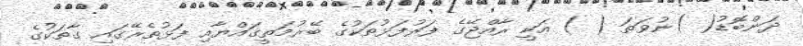
ދަންބޮޑު( )ނުވަތަ ( ) އަކީ ރާއްޖޭގެ ފަރުފަޅުތަކުގެ ބޭރުމަތީގައްޔާއި ފަޅުތެރޭގައި ގާތަކުގެ